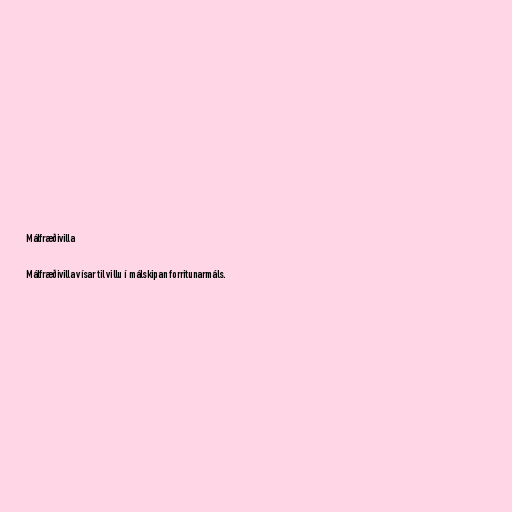
Málfræðivilla

Málfræðivilla vísar til villu í málskipan forritunarmáls.